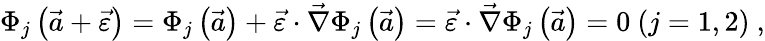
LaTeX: \Phi_{j}\left(\vec{a}+\vec{\varepsilon}\right)=\Phi_{j}\left(\vec{a}\right)+\vec{\varepsilon}\cdot\vec{\nabla}\Phi_{j}\left(\vec{a}\right)=\vec{\varepsilon}\cdot\vec{\nabla}\Phi_{j}\left(\vec{a}\right)=0~(j=1,2)\ ,